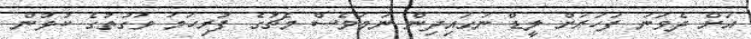
އަށް ދެވަނަ ފަހަރަށް ލީޑް ނަގައިދިން ނަމަވެސް މެޗުގެ ފުރިހަމަ ވަގުތުގެ ކުޅުން